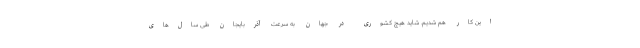
این کار هم شدیم. شاید هیچ کشوری در جهان به سرعت آذربایجان طی سال‌های